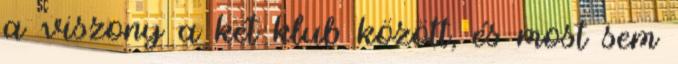
a viszony a két klub között, és most sem